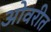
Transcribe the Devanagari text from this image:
ओवरीत